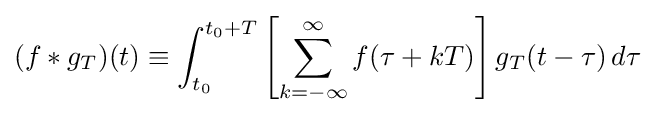
(f*g_{T})(t)\equiv \int _{t_{0}}^{t_{0}+T}\left[\sum _{k=-\infty }^{\infty }f(\tau +kT)\right]g_{T}(t-\tau )\,d\tau